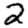
Digit: 2